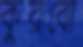
কুরবো